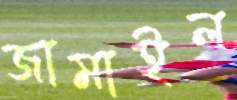
জামাইল